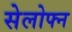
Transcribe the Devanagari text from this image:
सेलोफ्न